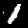
Digit: 1